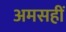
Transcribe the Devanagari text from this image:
अमसहीं